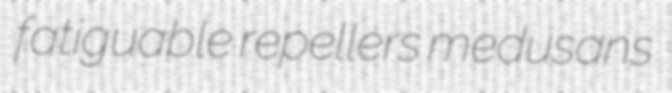
fatiguable repellers medusans